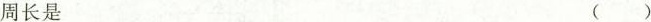
周长是 ( )